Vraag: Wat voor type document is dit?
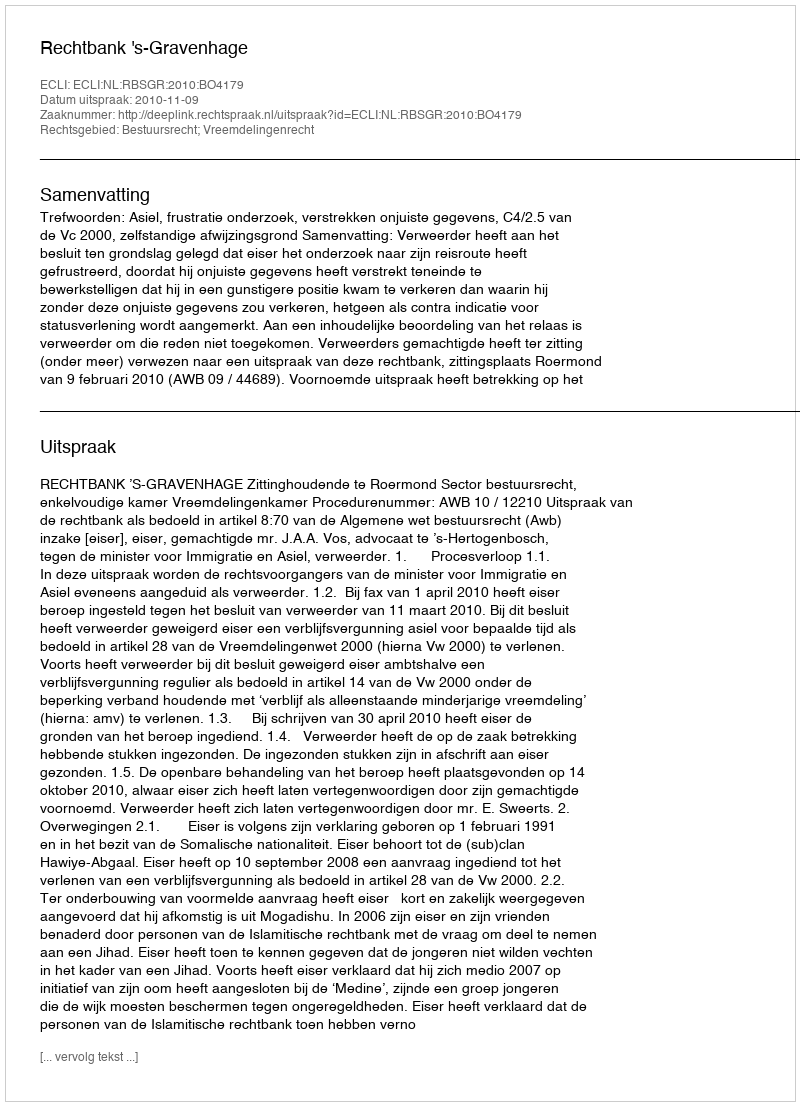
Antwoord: Uitspraak